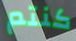
كنتم